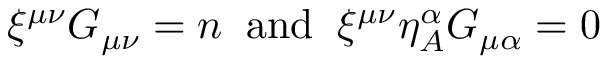
\xi ^ { \mu \nu } { \cal G } _ { \mu \nu } = n \; \; \mathrm { a n d } \; \; \xi ^ { \mu \nu } \eta _ { A } ^ { \alpha } { \cal G } _ { \mu \alpha } = 0